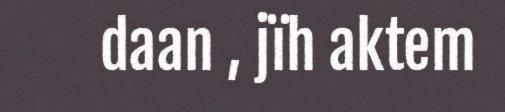
daan , jïh aktem